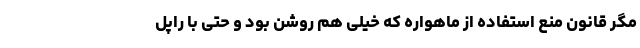
مگر قانون منع استفاده از ماهواره که خیلی هم روشن بود و حتی با راپل